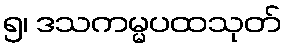
၅၊ ဒသကမ္မပထသုတ်